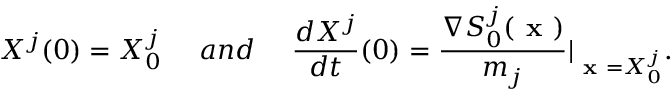
X ^ { j } ( 0 ) = X _ { 0 } ^ { j } ~ ~ ~ ~ a n d ~ ~ ~ ~ \frac { d X ^ { j } } { d t } ( 0 ) = \frac { \nabla S _ { 0 } ^ { j } ( \textbf { x } ) } { m _ { j } } \vert _ { \textbf { x } = X _ { 0 } ^ { j } } .